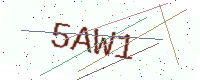
Text: 5AW1